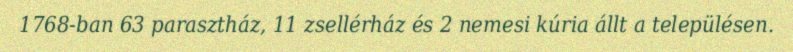
1768-ban 63 parasztház, 11 zsellérház és 2 nemesi kúria állt a településen.